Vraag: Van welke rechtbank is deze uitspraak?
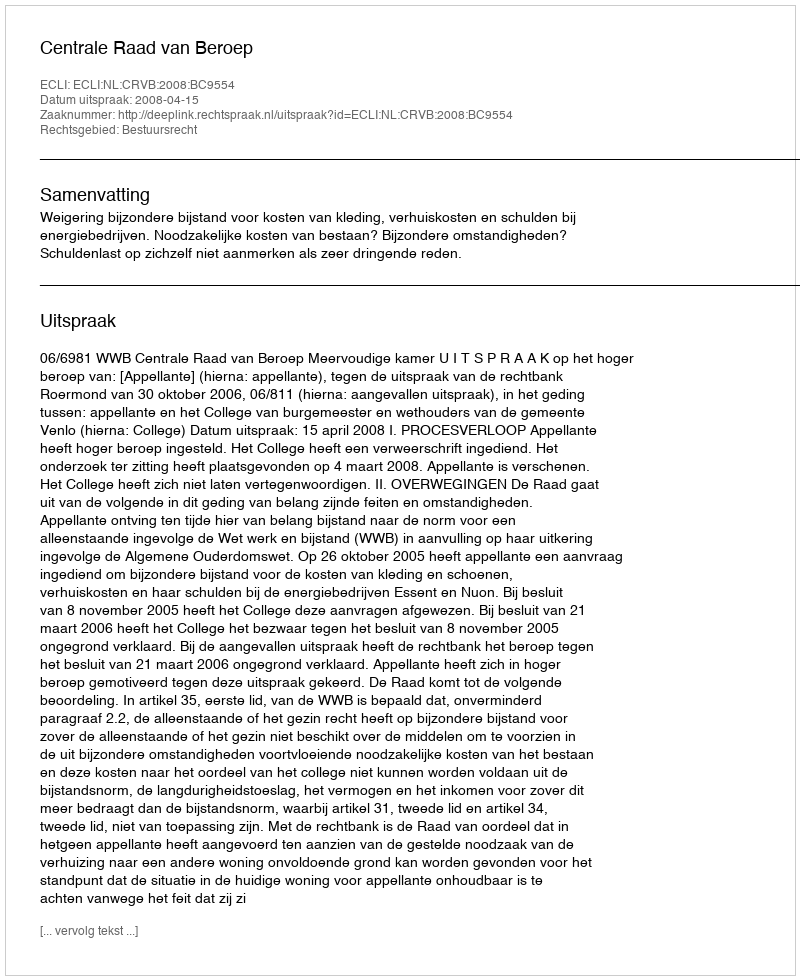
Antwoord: Centrale Raad van Beroep